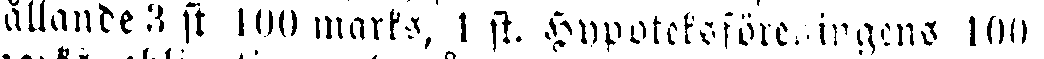
ållande 3 st lOO marks, 1 st. Hypoteksföreningens 100